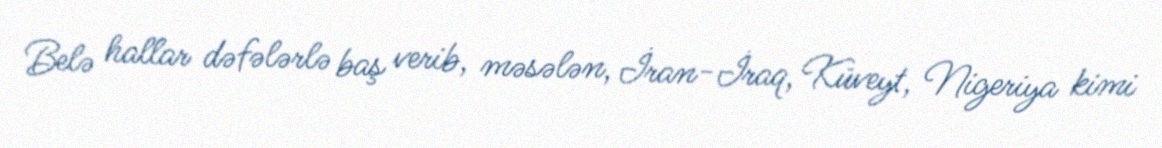
Belə hallar dəfələrlə baş verib, məsələn, İran-İraq, Küveyt, Nigeriya kimi